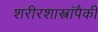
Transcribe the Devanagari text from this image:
शरीरशास्त्रांपैकी